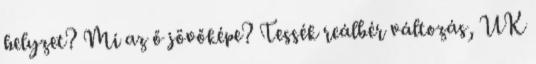
helyzet? Mi az ő jövőképe? Tessék reálbér változás, UK